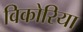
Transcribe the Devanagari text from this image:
विकोरिया